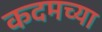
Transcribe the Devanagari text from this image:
कदमच्या